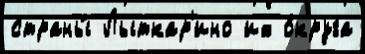
страны́ Лыткар'ино их о́круга